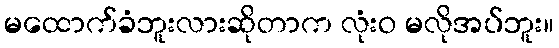
မထောက်ခံဘူးလားဆိုတာက လုံးဝ မလိုအပ်ဘူး။